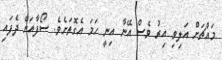
މައްޗަށް އަލިވި އިރު ވެސް އޭނާ އިނީ ހަމަ އެގޮތަށެވެ. ސޯފާއަށް ދެފައި